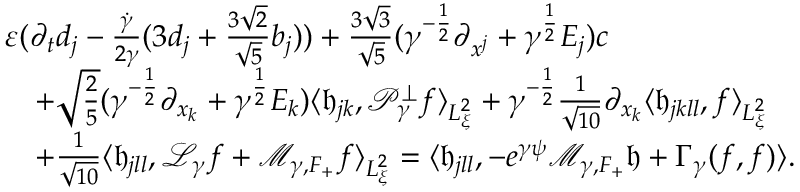
\begin{array} { r l } & { \varepsilon ( \partial _ { t } d _ { j } - \frac { \dot { \gamma } } { 2 \gamma } ( 3 d _ { j } + \frac { 3 \sqrt { 2 } } { \sqrt { 5 } } b _ { j } ) ) + \frac { 3 \sqrt { 3 } } { \sqrt { 5 } } ( \gamma ^ { - \frac { 1 } { 2 } } \partial _ { x ^ { j } } + \gamma ^ { \frac { 1 } { 2 } } E _ { j } ) c } \\ & { \ \ \ + \sqrt { \frac { 2 } { 5 } } ( \gamma ^ { - \frac { 1 } { 2 } } \partial _ { x _ { k } } + \gamma ^ { \frac { 1 } { 2 } } E _ { k } ) \langle \mathfrak h _ { j k } , \mathcal P _ { \gamma } ^ { \perp } f \rangle _ { L _ { \xi } ^ { 2 } } + \gamma ^ { - \frac { 1 } { 2 } } \frac { 1 } { \sqrt { 1 0 } } \partial _ { x _ { k } } \langle \mathfrak h _ { j k l l } , f \rangle _ { L _ { \xi } ^ { 2 } } } \\ & { \ \ \ + \frac { 1 } { \sqrt { 1 0 } } \langle \mathfrak h _ { j l l } , \mathcal L _ { \gamma } f + \mathcal M _ { \gamma , F _ { + } } f \rangle _ { L _ { \xi } ^ { 2 } } = \langle \mathfrak h _ { j l l } , - e ^ { \gamma \psi } \mathcal M _ { \gamma , F _ { + } } \mathfrak h + \Gamma _ { \gamma } ( f , f ) \rangle . } \end{array}